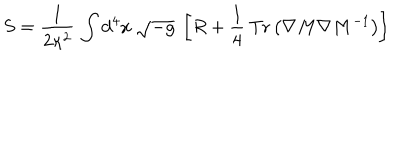
LaTeX: S = { \frac { 1 } { 2 \kappa ^ { 2 } } } \, \int { \mathrm { d ^ { 4 } } } x \ \sqrt { - g } \ \left[ { R } + \frac { 1 } { 4 } \: { \mathrm { T r } } \left( { \nabla } M { \nabla } M ^ { - 1 } \right) \right]